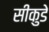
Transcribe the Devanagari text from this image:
सीकुडे